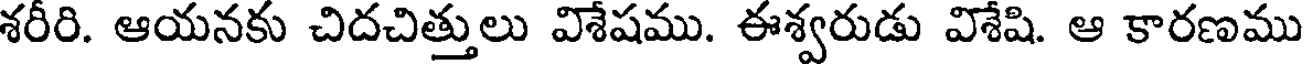
శరీరి. ఆయనకు చిదచిత్తులు విశేషము. ఈశ్వరుడు విశేషి. ఆ కారణము